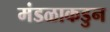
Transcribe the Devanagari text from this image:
मंडळाकडुन